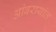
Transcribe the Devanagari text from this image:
आंबरायांत